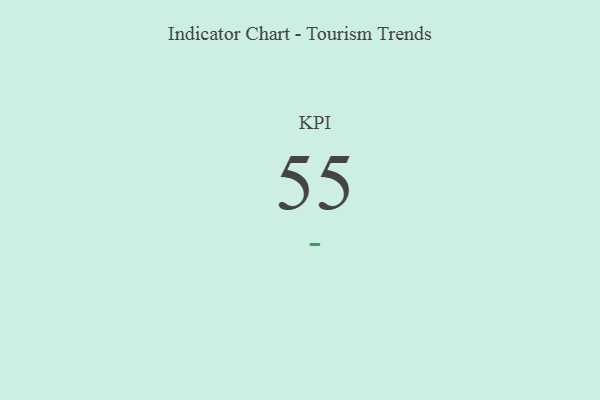
{"axis": {"x": "KPI", "y": "Value"}, "legend": [""], "data": [{"x": "KPI", "y": 55, "type": ""}]}